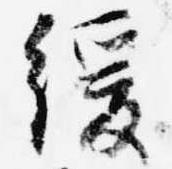
緩